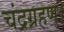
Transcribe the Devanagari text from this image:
चंद्रग्रहण।